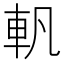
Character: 軓